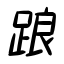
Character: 踉